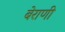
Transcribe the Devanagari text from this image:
बेराणी